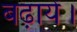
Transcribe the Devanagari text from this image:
बढ़ायें।